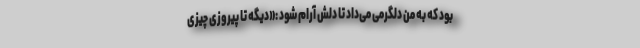
بود که به من دلگرمی می‌داد تا دلش آرام شود :«دیگه تا پیروزی چیزی